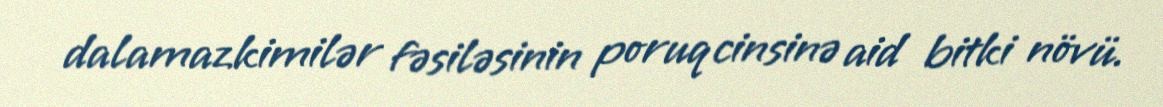
dalamazkimilər fəsiləsinin poruq cinsinə aid bitki növü.